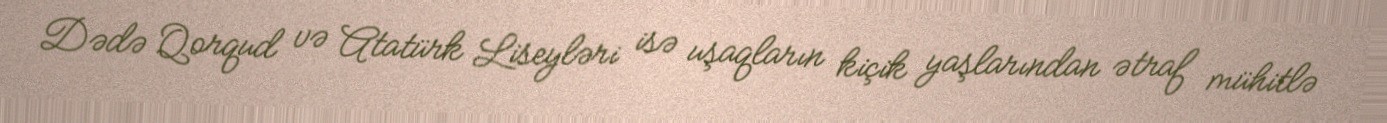
Dədə Qorqud və Atatürk Liseyləri isə uşaqların kiçik yaşlarından ətraf mühitlə